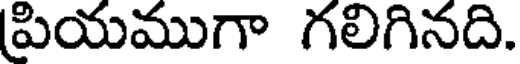
ప్రియముగా గలిగినది.